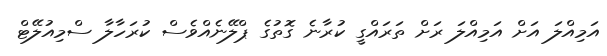
އަމިއްލަ އަށް އަމިއްލަ ރަށް ތަރައްގީ ކުރާނެ ގޮތުގެ ޕްލޭނެއްވެސް ކުރަހާލާ ސްމިއުލޭޓް